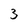
Character: 3